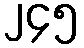
၂၄၅